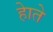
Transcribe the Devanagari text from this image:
हेाते